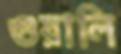
গুয়ালি